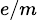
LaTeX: \scriptstyle{e/m}